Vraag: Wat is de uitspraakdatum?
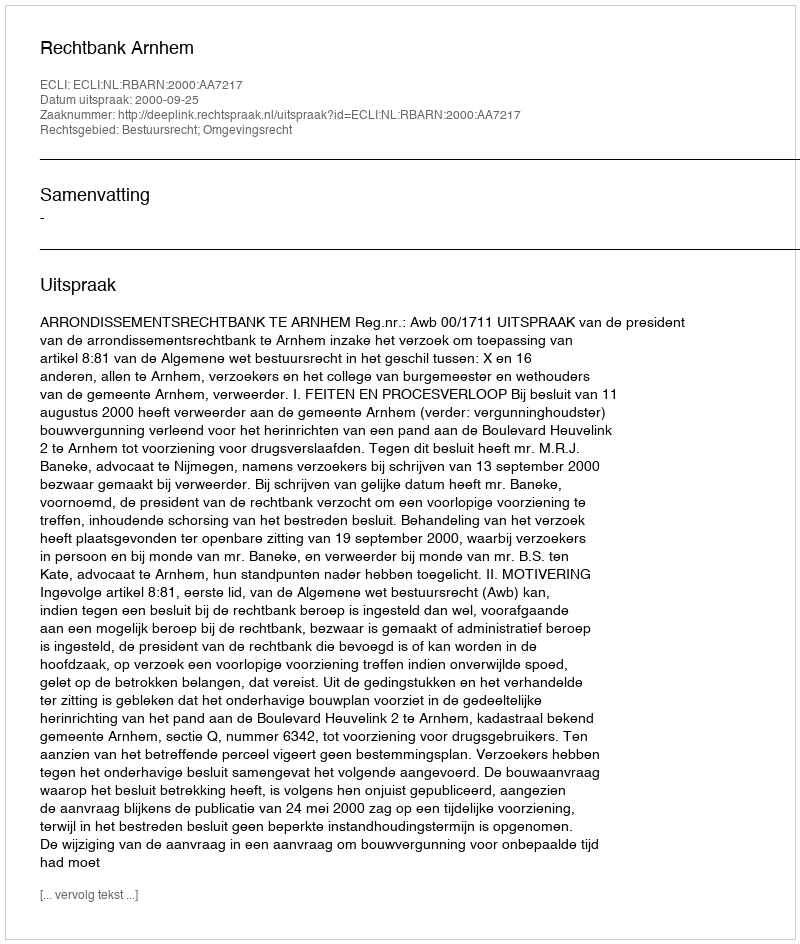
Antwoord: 2000-09-25